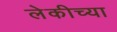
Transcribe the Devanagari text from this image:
लेकीच्या